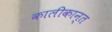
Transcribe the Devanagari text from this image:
कालीकान्त